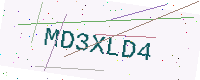
Text: MD3XLD4